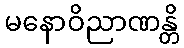
မနောဝိညာဏန္တိ